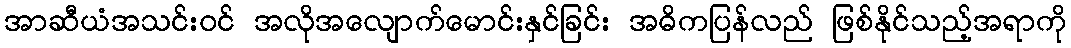
အာဆီယံအသင်းဝင် အလိုအလျောက်မောင်းနှင်ခြင်း အဓိကပြန်လည် ဖြစ်နိုင်သည့်အရာကို